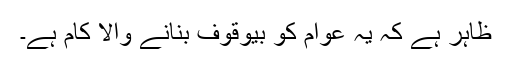
ظاہر ہے کہ یہ عوام کو بیوقوف بنانے والا کام ہے۔